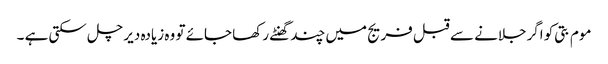
موم بتی کو اگرجلانے سے قبل فریج میں چند گھنٹے رکھا جائے تو وہ زیادہ دیر چل سکتی ہے ۔